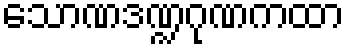
သောဏဒဏ္ဍဂုဏကထာ